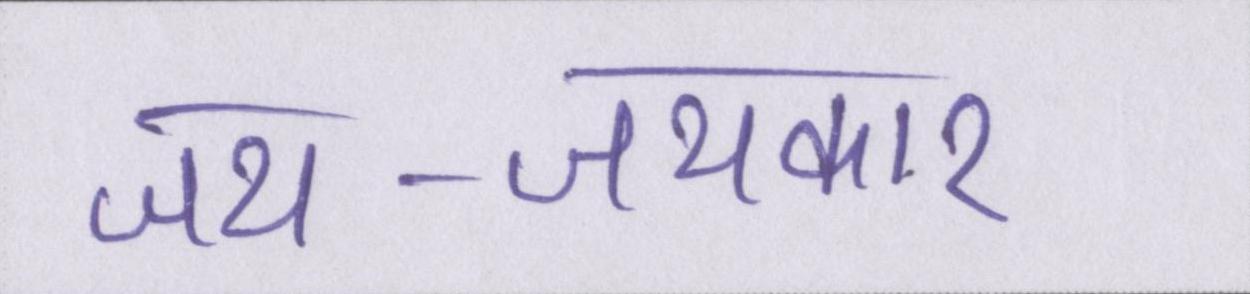
जय-जयकार